Martna_vallavalitsus, lk 8
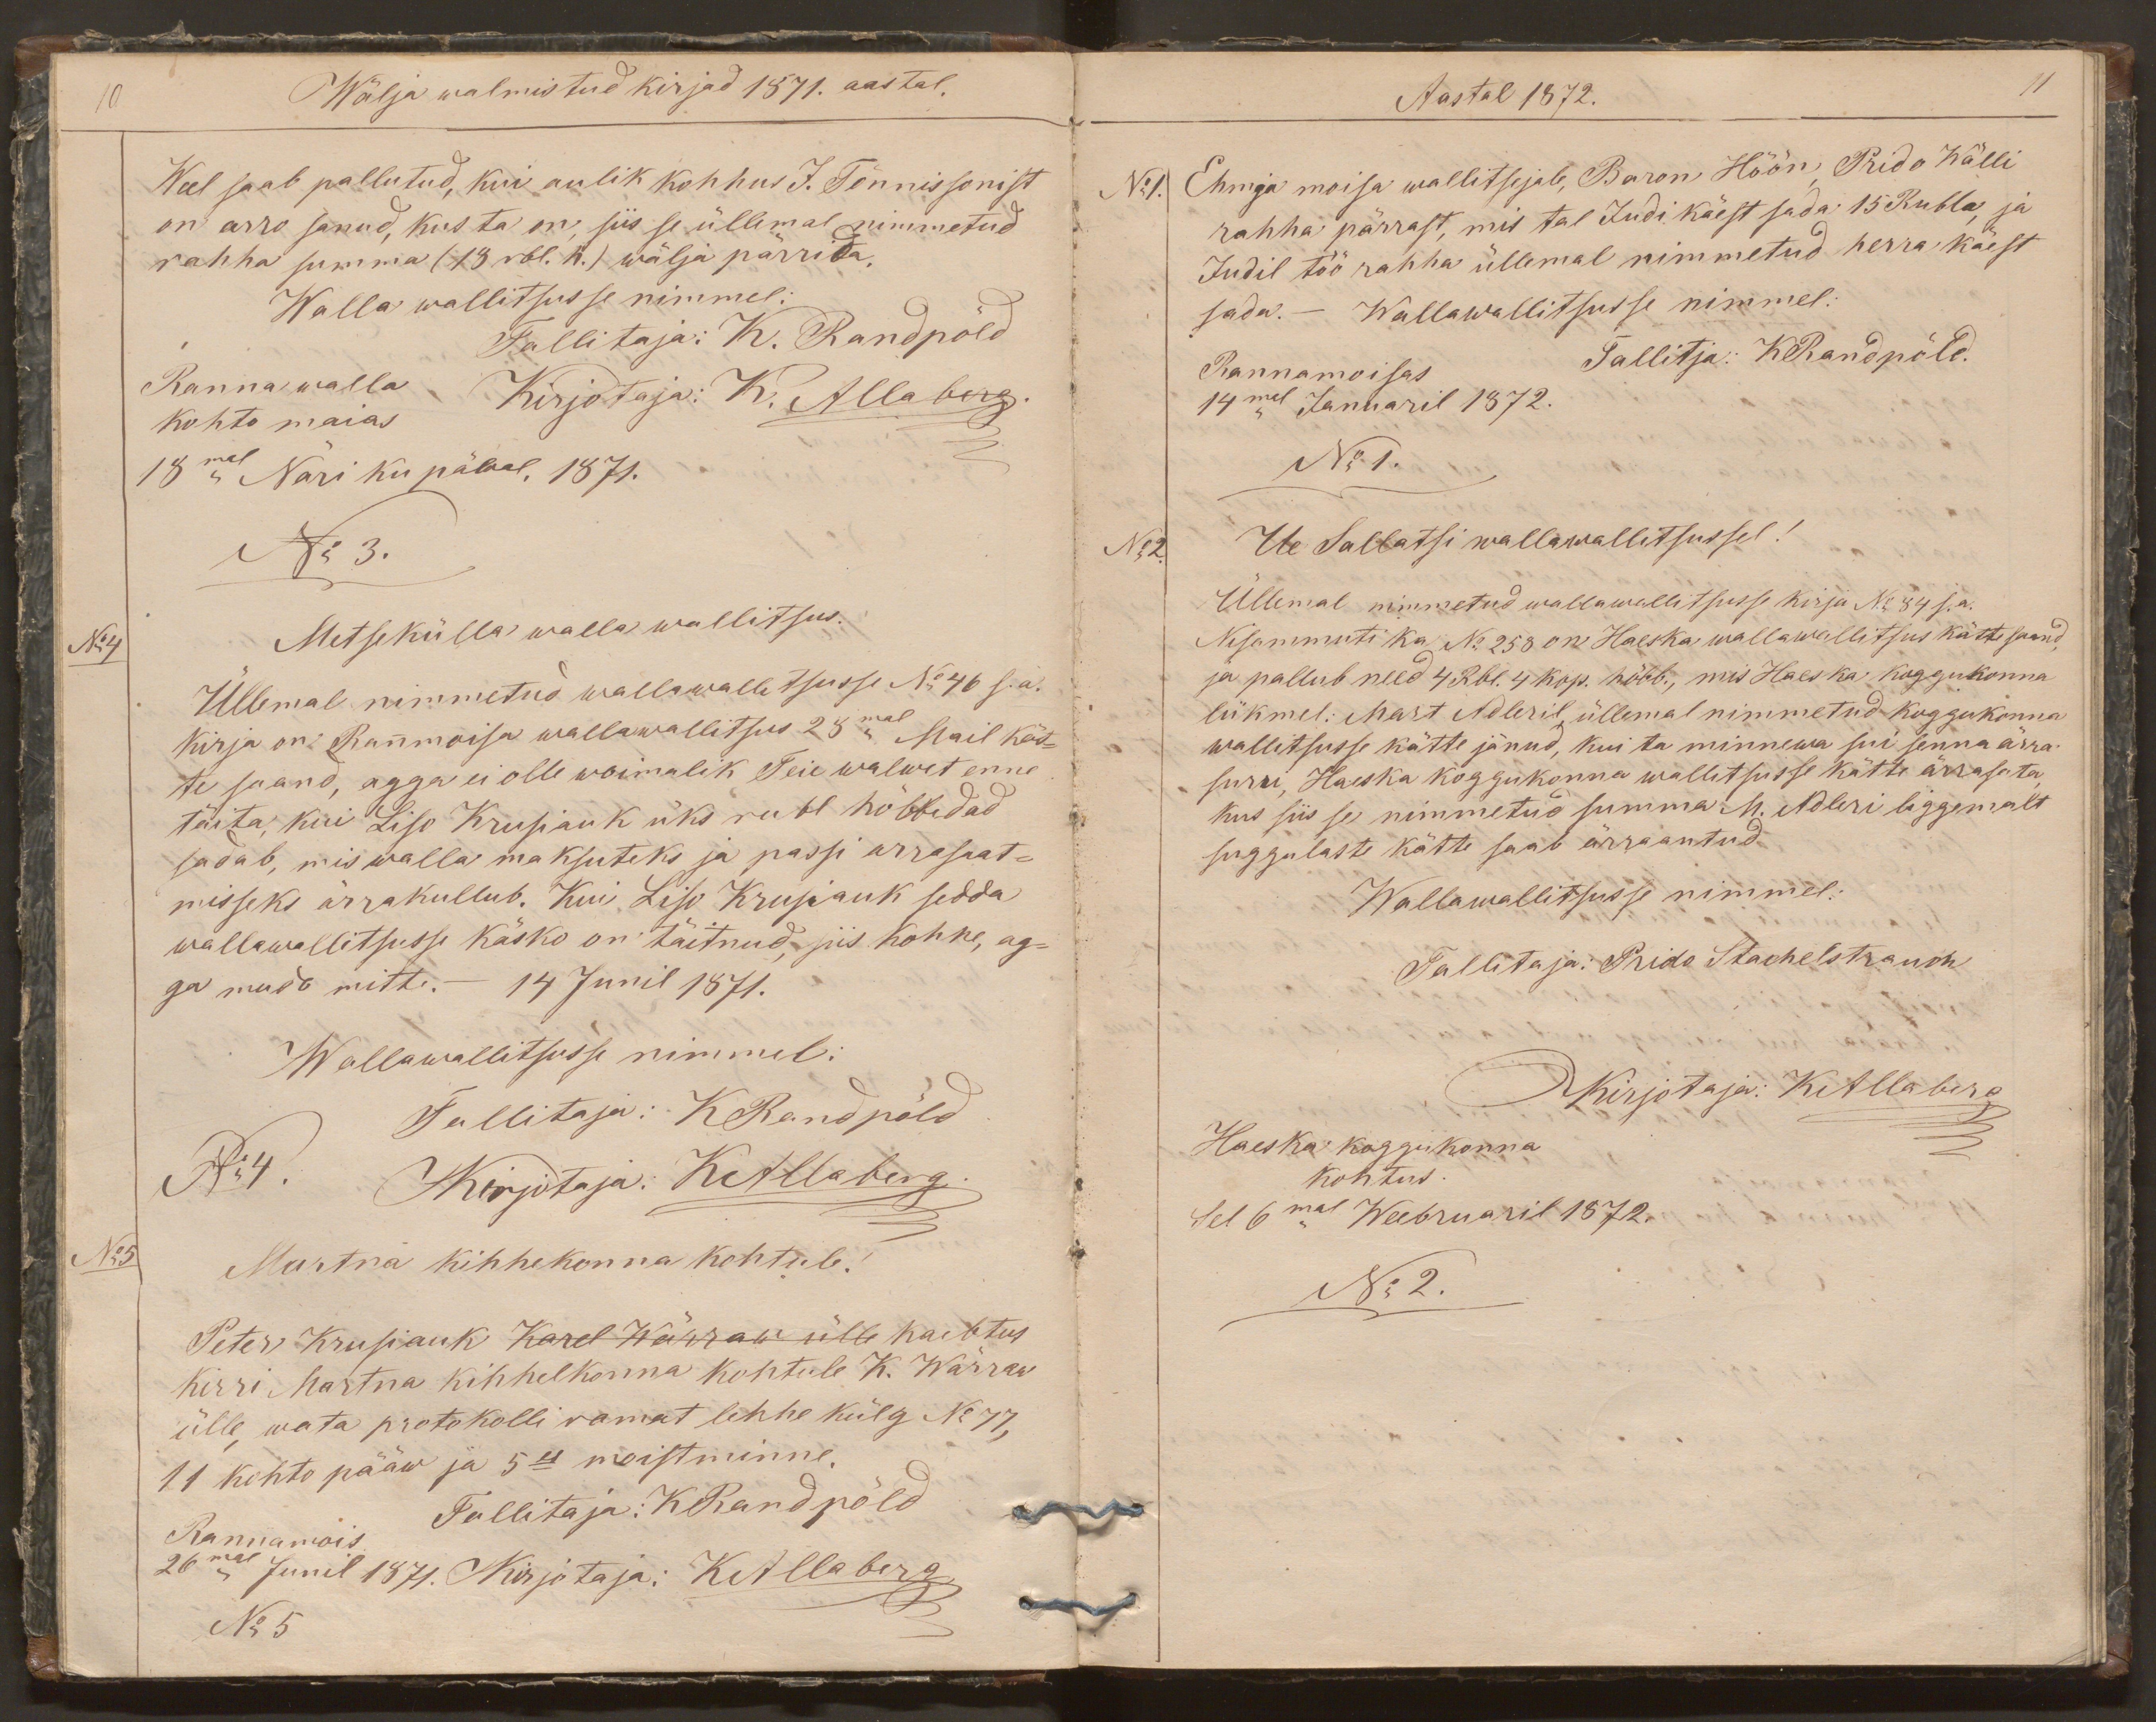
Wälja walmistud kirjad 1871. aastal.
Weel saab pallutud, kui aulik kohhus J. Tõnnissonist
on arro sanud, kus ta on siis se üllemal nimmetud
rahha summa (18 rbl. h.) wälja pärrida.
Walla wallitsusse nimmel:
Tallitaja: K. Randpõld
Ranna walla
Kirjotaja: K. Allaberg.
kohto maias
18mal Nari ku päwal, 1871.
No 3.
No 4
Metsekülla walla wallitsus.
Üllemal nimmetud wallawalitsusse No 46 s.a.
kirja on Rannmoisa wallawallitsus 23mal Mail kät-
te saand, agga ei olle woimalik Teie walwet enne
täita, kui Liso Krusiauk üks rubl hõbbedad
sadab, mis walla maksuteks ja passi arrasaat-
misseks ärrakullub. Kui Liso Krusiauk sedda
wallawalitsusse käsko on täitnud, siis kohhe, ag-
ga mudo mitte. - 14 Junil 1871.
Wallawallitsusse nimmel:
Tallitaja: KRandpõld
No 4.
Kirjotaja: KAllaberg.
No 5
Martna kihhekonna kohtule!
Peter Krusiauk Karel Wärraw ülle kaebtus
kirri Martna kihhelkonna kohtule K. Wärraw
ülle, wata protokolli ramat lehhe külg No 77,
11 kohto pääw ja 5es moistminne.
Tallitaja: KRandpõld
Rannamois
26mal Junil 1871.
Kirjotaja: KAllaberg
No 5

Aastal 1872.
11
No 1.
Ehmja moisa wallitsejale, Baron Höön, Prido Wälli
rahha pärrast, mis tal Judi käest sada 15 Rubla, ja
Judil töö rahha üllemal nimmetud herra käest
sada. - Wallawallitsusse nimmel:
Rannamoisas
Tallitja: KRandpõld.
14mal Januaril 1872.
No 1.
No 2.
Ue Sallatsi wallawallitsussel!
Üllemal nimmetud wallawallitsusse kirja No 84 s.a.
Nisammuti ka No 258 on Haeska wallawallitsus kätte saand,
ja pallub need 4 Rbl. 4 kop. hõbb., mis Haeska koggukonna
liikmel: Mart Adleril, üllemal nimmetud koggukonna
wallitsusse kätte jänud, kui ta minnewa sui senna ärra
surri, Haeska koggukonna wallitsusse kätte ärrasata
kus siis se nimmetud summa M. Adleri liggemalt
suggulaste kätte saab ärraantud.
Wallawallitsusse nimmel:
Tallitaja: Prido Stachelstrauch
Kirjotaja: KAllaberg
Haeska koggukonna
kohtus.
Sel 6mal Weebruaril 1872.
No 2.